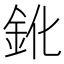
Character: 鈋